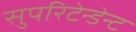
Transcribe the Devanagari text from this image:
सुपरिटेन्डेन्ट